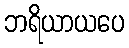
ဘရိယာယပေ